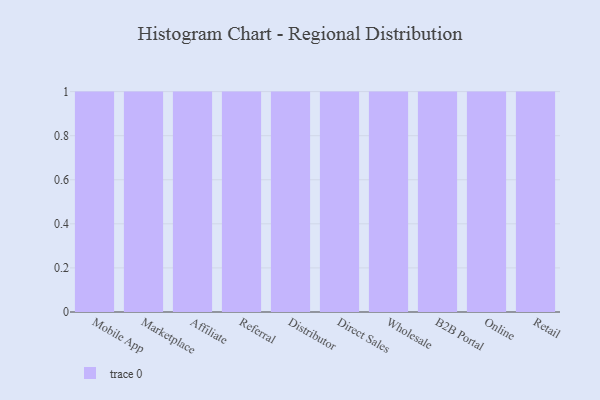
{"axis": {"x": "Channel", "y": "Bounce Rate (%)"}, "legend": [""], "data": [{"x": "Mobile App", "y": 91, "type": ""}, {"x": "Marketplace", "y": 6, "type": ""}, {"x": "Affiliate", "y": 33, "type": ""}, {"x": "Referral", "y": 26, "type": ""}, {"x": "Distributor", "y": 64, "type": ""}, {"x": "Direct Sales", "y": 19, "type": ""}, {"x": "Wholesale", "y": 22, "type": ""}, {"x": "B2B Portal", "y": 88, "type": ""}, {"x": "Online", "y": 44, "type": ""}, {"x": "Retail", "y": 94, "type": ""}]}